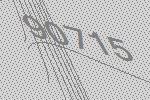
90715